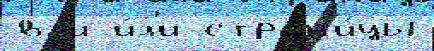
в и и́л'и стран'и́цы